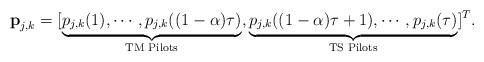
LaTeX: \begin{align*}\textbf{p}_{j,k} &= [\underbrace{p_{j,k}(1),\cdots,p_{j,k}((1-\alpha) \tau)}_{\textrm{TM Pilots}}, \underbrace{p_{j,k}((1-\alpha) \tau+1),\cdots,p_{j,k}(\tau)}_{\textrm{TS Pilots}}]^T.\end{align*}